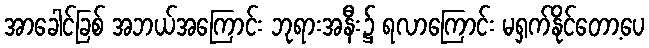
အာခေါင်ခြစ် အဘယ်အကြောင်း ဘုရားအနီး၌ ရလာကြောင်း မရှက်နိုင်တော့ပေ